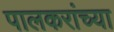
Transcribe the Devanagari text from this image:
पालकरांच्या